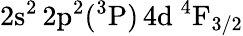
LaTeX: \mathrm{2s^{2}\, 2p^{2}(^{3}P)\, 4d~^{4}F_{3/2}}